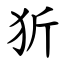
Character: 㹞